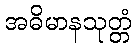
အဓိမာနသုတ္တံ